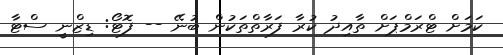
ކަމަށް ޓްރަމްޕަށް ތާއިދު ކުރާ ފަރާތްތަކުން ބުނޭ -- ފޮޓޯ: ޑިޒްނީ ސްޓާ